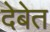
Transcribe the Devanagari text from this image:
देबेत